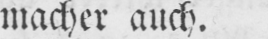
macher auch.